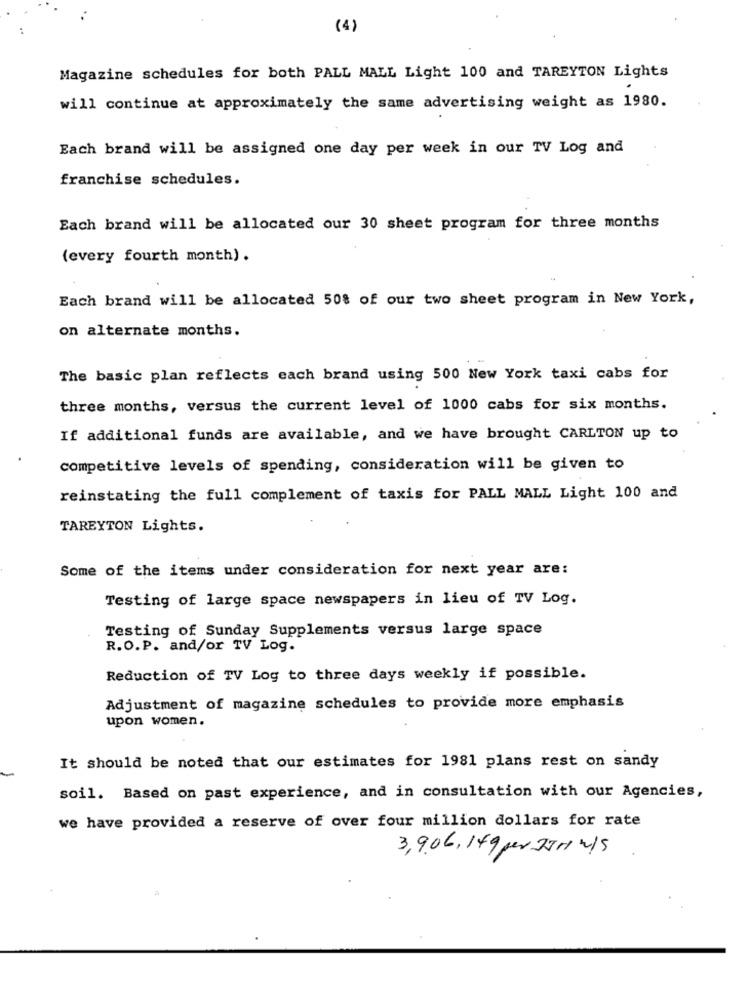
(4)
Magazine schedules for both PALL MALL Light 100 and TAREYTON Lights
will continue at approximately the same advertising weight as 1980.
Each brand will be assigned one day per week in our TV Log and
franchise schedules.
Each brand will be allocated our 30 sheet program for three months
(every fourth month) .
Each brand will be allocated 50% of our two sheet program in New York,
on alternate months.
The basic plan reflects each brand using 500 New York taxi cabs for
three months, versus the current level of 1000 cabs for six months.
If additional funds are available, and we have brought CARLTON up to
competitive levels of spending, consideration will be given to
reinstating the full complement of taxis for PALL MALL Light 100 and
TAREYTON Lights.
Some of the items under consideration for next year are:
Testing of large space newspapers in lieu of TV Log.
Testing of Sunday Supplements versus large space
R.O.P. and/or TV Log.
Reduction of TV Log to three days weekly if possible.
Adjustment of magazine schedules to provide more emphasis
upon women.
It should be noted that our estimates for 1981 plans rest on sandy
soil. Based on past experience, and in consultation with our Agencies,
we have provided a reserve of over four million dollars for rate
3, 9,06, 149 per JJH1 n15